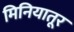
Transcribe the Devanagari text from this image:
मिनियातूर